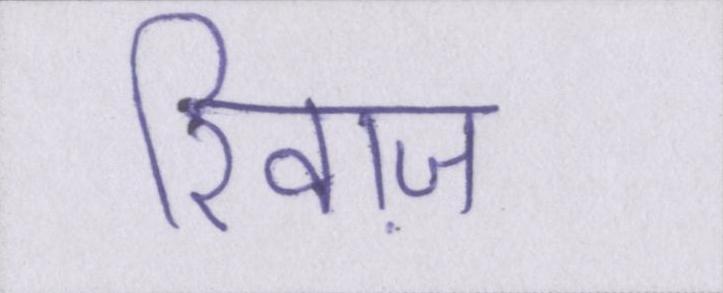
रिवाज़